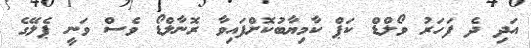
އަދި ދެ ފަހަރު ވޯލްޑް ކަޕް ކާމިޔާބުކޮށްފައިވާ ރޮނާލްޑޯ ވެސް ވަނީ ޕެލޭގެ